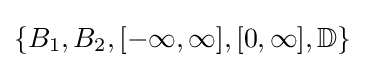
\{B_{1},B_{2},[-\infty ,\infty ],[0,\infty ],\mathbb {D} \}